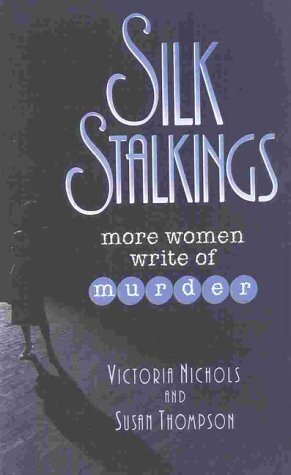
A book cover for Silk Stalkings: More Women Write of Murder; Victoria Nichols; Mystery, Thriller & Suspense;